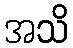
အသိ